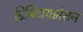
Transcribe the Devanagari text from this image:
डिजिटायझेशन